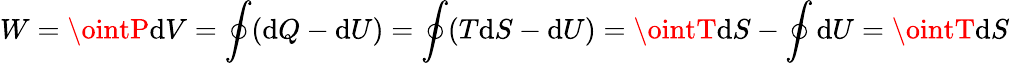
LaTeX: W=\ointP\mathrm{d}V=\oint(\mathrm{d}Q-\mathrm{d}U)=\oint(T\mathrm{d}S-\mathrm{d}U)=\ointT\mathrm{d}S-\oint\mathrm{d}U=\ointT\mathrm{d}S